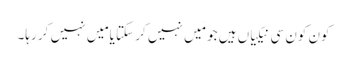
کون کون سی نیکیاں ہیں جو مَیں نہیں کر سکتا یامَیں نہیں کر رہا۔